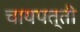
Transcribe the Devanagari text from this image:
चायपत्ती